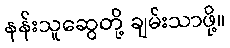
နန်းသူဆွေတို့ ချမ်းသာဖို့။